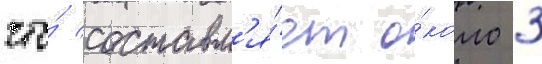
что́ составл'я́ет о́коло 3